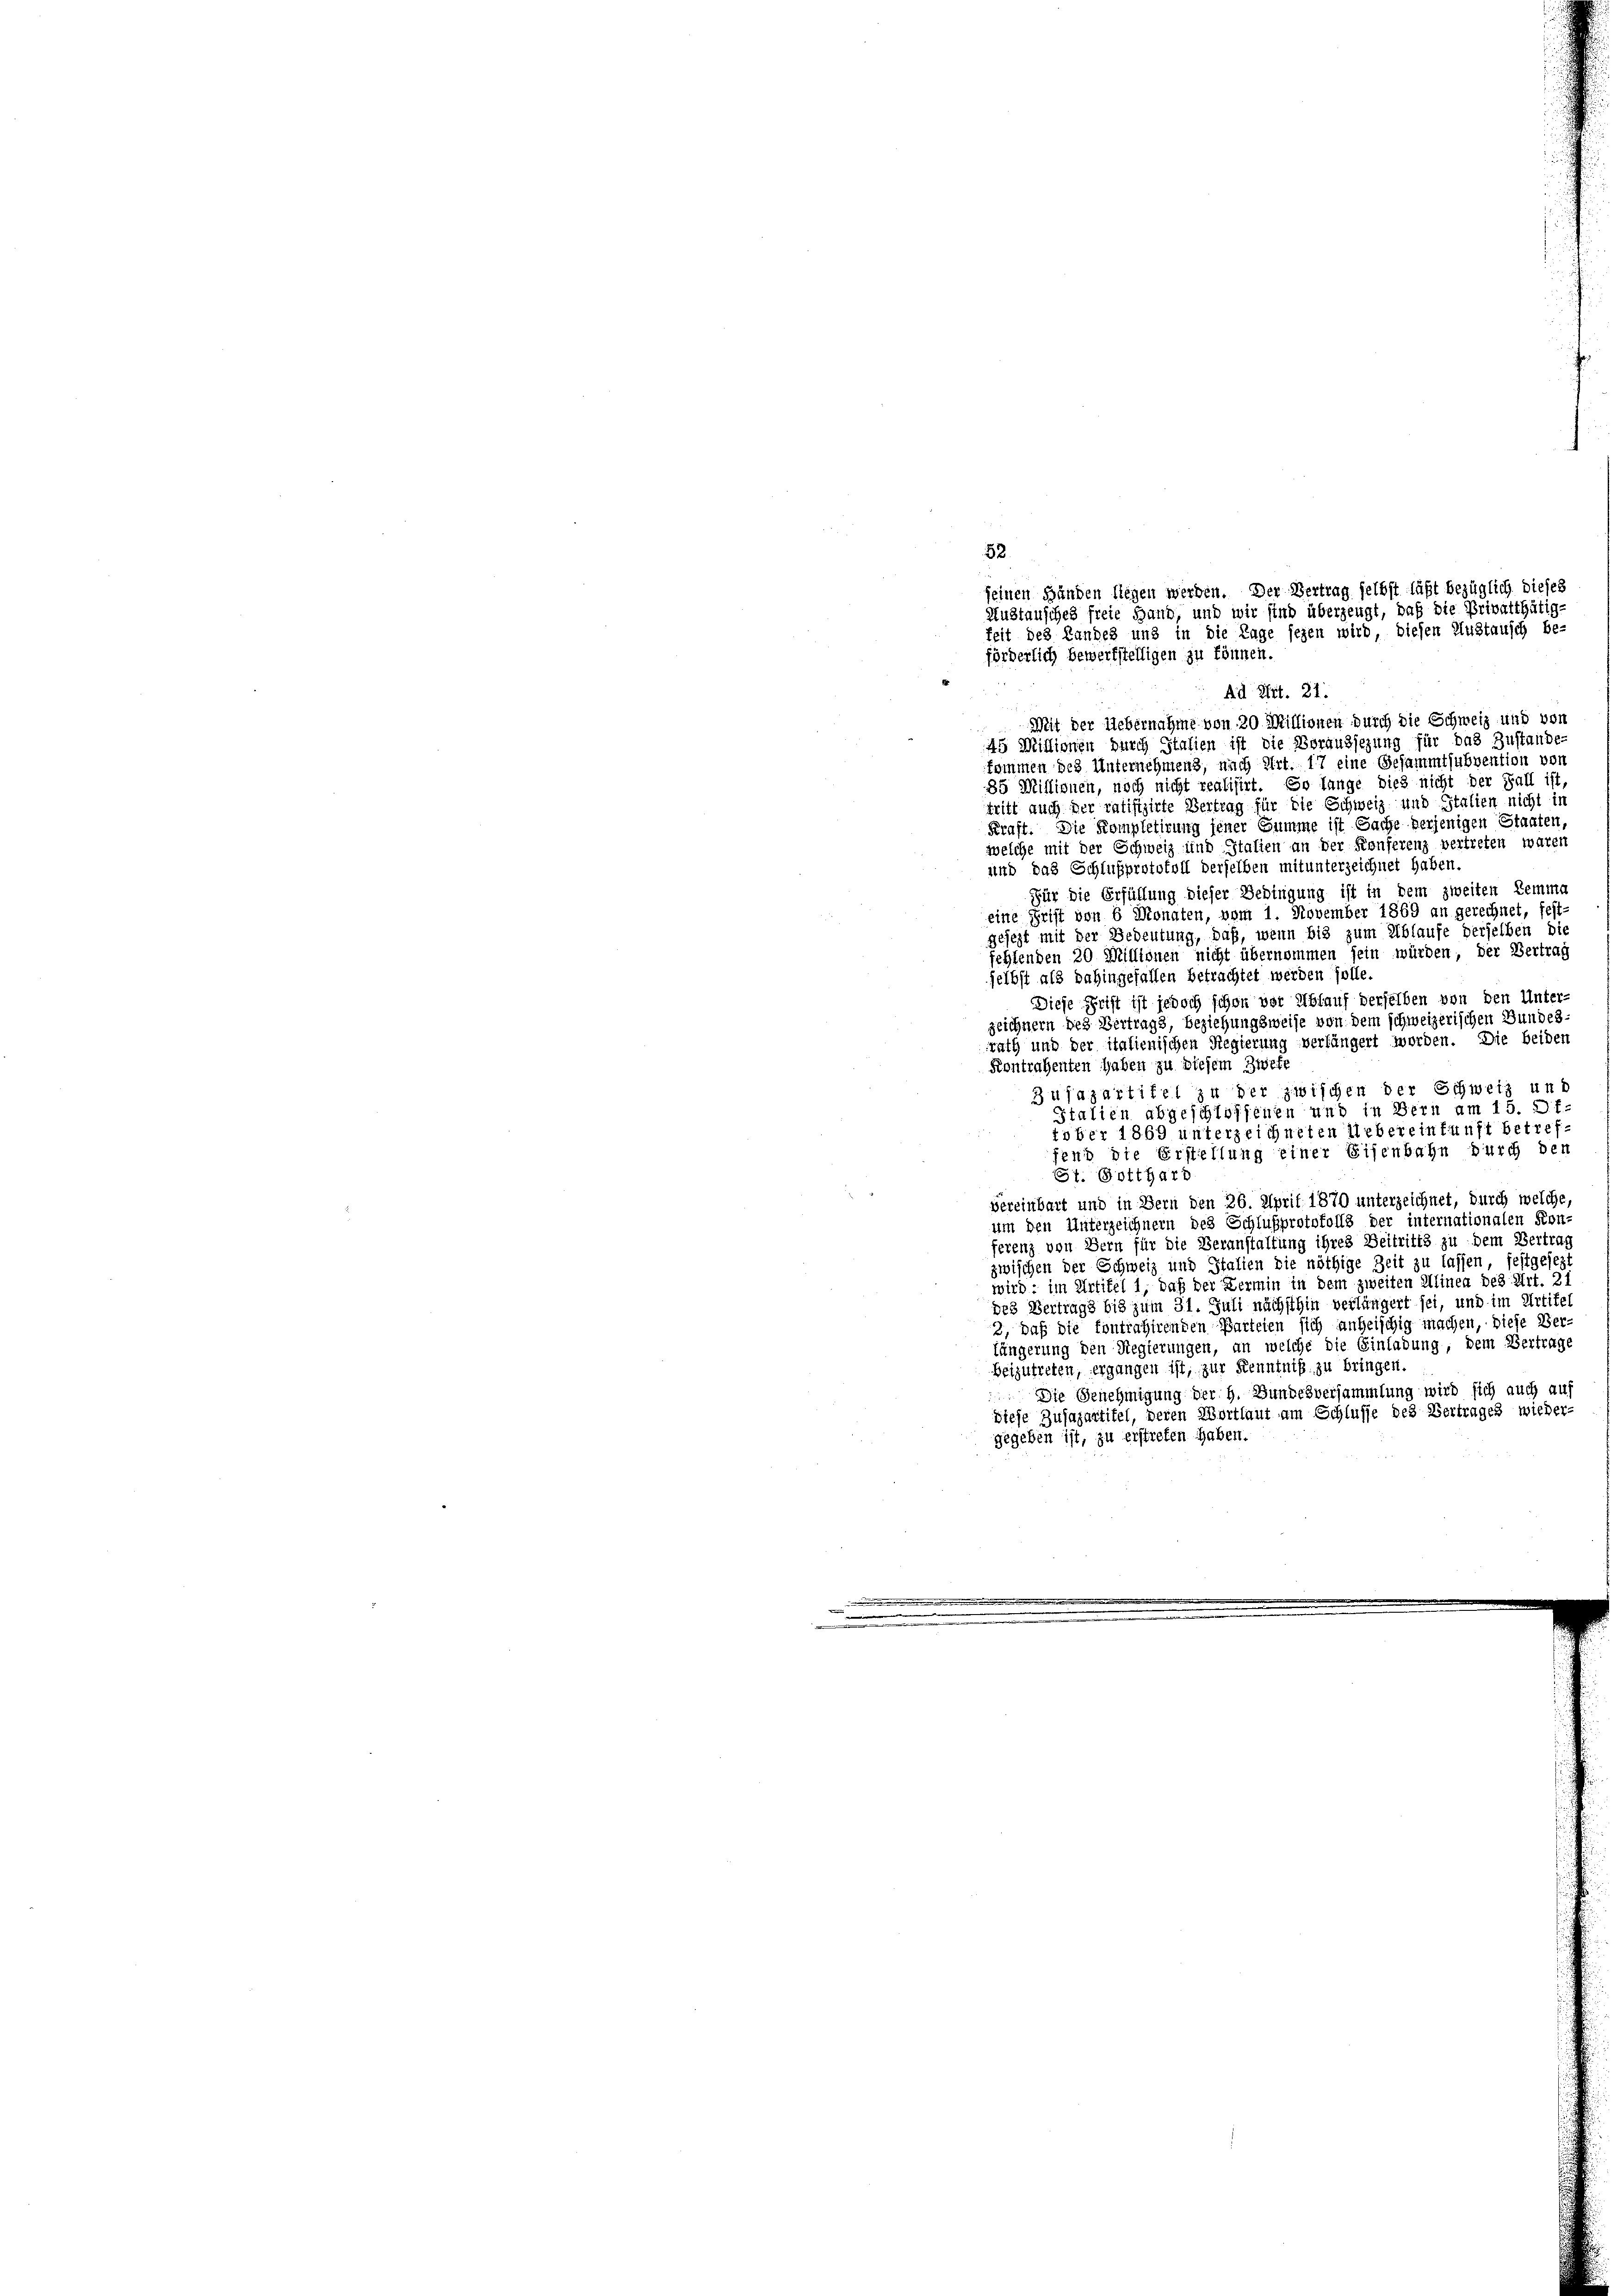
85 Millionen, noch nicht realisirt. So lange dies nicht der Fall ist
tritt auch der ratifizirte Vertrag für die Schweiz und Stalien nicht in
Kraft. Die Kompletirung jener Summe ist Sache derjenigen Staaten,
welche mit der Schweiz und Italien an der Konferenz vertreten waren
und das Schlußprotokoll derselben mit unterzeichnet haben.
Für die Erfüllung dieser Bedingung ist in dem zweiten Lemma
eine Grift von 6 Monaten, vom 1. November 1869 an gerechnet, fest
gesezt mit der Bedeutung, daß, wenn bis zum Ablaufe derselben di
fehlenden 20 Millionen nicht übernommen sein würden, der Vertrag
selbst als dahingefallen betrachtet werden solle.
Diese Frist ist jedoch schon vor Ablauf derselben von den Unter-
zeichnern des Vertrags, beziehungsweise von dem schweizerischen Bundes-
rath und der italienischen Regierung verfängert worden. Die beiden
Kontrahenten haben zu diesem Zwete
Zujazartitel zu der zwischen der Schweiz und
Italien abgeschlossenen und in Bern am 15. Of-
tober 1869 unterzeichneten Uebereinkunft betreffend die Erstellung einer Eisenbahn durch den
St. Gotthari
vereinbart und in Bern den 26. April 1870 unterzeichnet, durch welche
um den Unterzeichnern des Schlußprotokolls der internationalen Kon-
ferenz von Bern für die Veranstaltung ihres Beitritts zu dem Vertrag
zwischen der Schweiz und Italien die nöthige Zeit zu lassen, festgesezt
wird; im Artikel 1, daß der Termin in dem zweiten Alinen des Art. 21
des Vertrags bis zum 31. Juli nächsthin verlängert sei, und im Artikel
2, daß die fontrahirenden Parteien sich anheischig machen, diese Ver-
längerung den Regierungen, an welche die Einladung, dem Vertrage
Beizutreten, ergangen ist, zur Kenntniß zu bringen.
 Die Genehmigung der H. Bundesversammlung wird sich auch auf
diese Zusagartitel, deren Wortlaut am Schlusse des Vertrages wieder-
gegeben ist, zu erstreten haben.

52
seinen Händen liegen werden. Der Vertrag selbst läßt bezüglich dieses
Austausches freie Hand, und wir sind überzeugt, daß die Privatthätig-
keit des Landes und in die Lage seyen wird, diesen Austausch be-
förderlich bewerkstelligen zu können.
Ad Ritt. 21.
u
Mit der Uebernahme von 20 Millionen durch die Schweiz und von
45 Millionen durch Italien ist die Voraussezung für das Zustande
kommen des Unternehmens, nach Art. 17 eine Gesammtsubvention vor

i